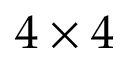
4 \times 4